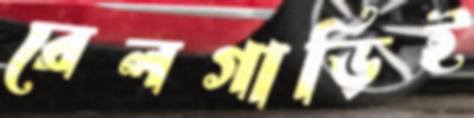
রেলগাড়িই